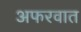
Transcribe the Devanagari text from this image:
अफरवात